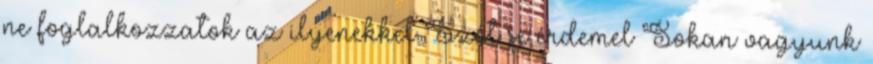
ne foglalkozzatok az ilyenekkel Szót se érdemel Sokan vagyunk